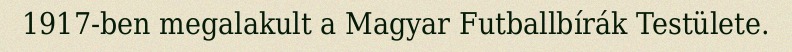
1917-ben megalakult a Magyar Futballbírák Testülete.